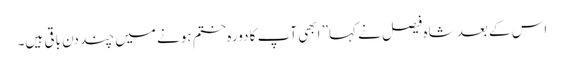
اس کے بعد شاہ فیصل نے کہا” ابھی آپ کا دورہ ختم ہونے میں چند دن باقی ہیں۔